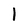
Character: 1